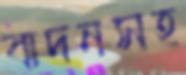
বাদনসহ